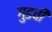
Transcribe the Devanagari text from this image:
गुडची